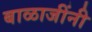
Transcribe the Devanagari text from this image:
बाळाजींनी